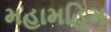
મહામહિમ